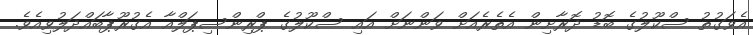
އެވަގުތު ސްކޫލުގެ ބޮޑު ދޮރާށިން އެތެރެއަށް ވަންނަށް އައި ސްކޫލުގެ ޕްރިންސިޕަލްއާ އެގުރޫޕާބައްދަލުވިއެވެ.